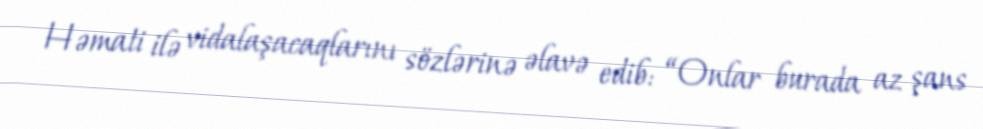
Həmati ilə vidalaşacaqlarını sözlərinə əlavə edib: “Onlar burada az şans